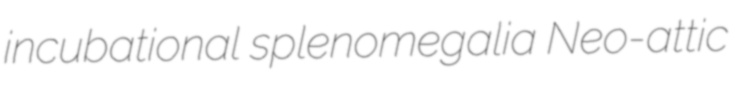
incubational splenomegalia Neo-attic